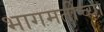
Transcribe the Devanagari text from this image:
भागमतीच्या